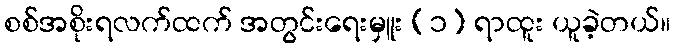
စစ်အစိုးရလက်ထက် အတွင်းရေးမှူး (၁) ရာထူး ယူခဲ့တယ်။